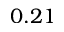
0 . 2 1